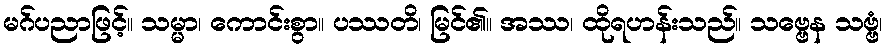
မဂ်ပညာဖြင့်။ သမ္မာ၊ ကောင်းစွာ။ ပဿတိ၊ မြင်၏။ အဿ၊ ထိုရဟန်းသည်။ သဗ္ဗေန သဗ္ဗံ၊